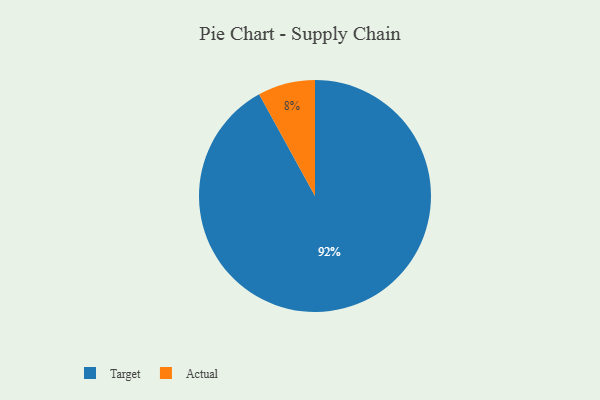
{"axis": {"x": "Category", "y": "Percentage"}, "legend": ["Actual", "Target"], "data": [{"x": "Target", "y": 92, "type": "Target"}, {"x": "Actual", "y": 8, "type": "Actual"}]}